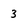
Character: 3